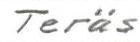
Teräs